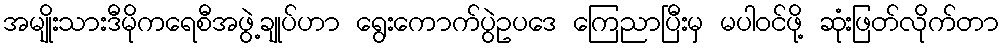
အမျိုးသားဒီမိုကရေစီအဖွဲ့ချုပ်ဟာ ရွေးကောက်ပွဲဥပဒေ ကြေညာပြီးမှ မပါဝင်ဖို့ ဆုံးဖြတ်လိုက်တာ